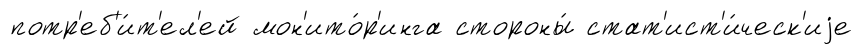
потр'еб'и́т'ел'ей мон'ито́р'инга стороны́ стат'ист'и́ческ'иjе